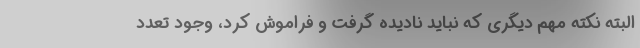
البته نکته مهم دیگری که نباید نادیده گرفت و فراموش کرد، وجود تعدد